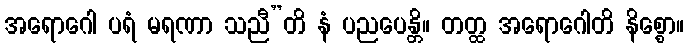
အရောဂေါ ပရံ မရဏာ သညီ”တိ နံ ပညပေန္တိ။ တတ္ထ အရောဂေါတိ နိစ္စော။